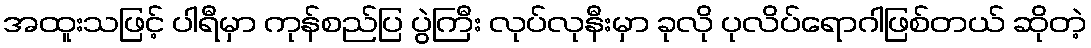
အထူးသဖြင့် ပါရီမှာ ကုန်စည်ပြ ပွဲကြီး လုပ်လုနီးမှာ ခုလို ပုလိပ်ရောဂါဖြစ်တယ် ဆိုတဲ့